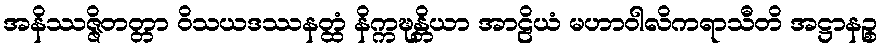
အနိဿဇ္ဇိတတ္တာ ဝိသယဒဿနတ္ထံ နိက္ကဍ္ဎန္တိယာ အာဠိယံ မဟာဝါလိကရာသီတိ အဋ္ဌာနဉ္စ